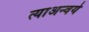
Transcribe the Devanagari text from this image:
त्याअन्वये